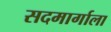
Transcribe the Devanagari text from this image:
सदमार्गाला